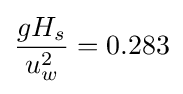
{{gH_{s}} \over {u_{w}^{2}}}=0.283